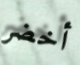
أخضر